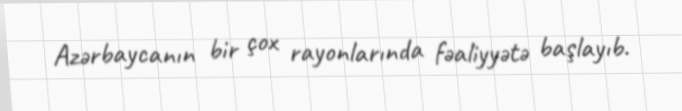
Azərbaycanın bir çox rayonlarında fəaliyyətə başlayıb.